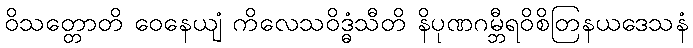
ဝိသတ္တောတိ ဝေနေယျံ ကိလေသဝိဒ္ဓံသီတိ နိပုဏဂမ္ဘီရဝိစိတြနယဒေသနံ